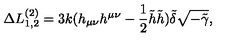
\Delta L _ { 1 , 2 } ^ { ( 2 ) } = 3 k ( h _ { \mu \nu } h ^ { \mu \nu } - \frac { 1 } { 2 } \tilde { h } \tilde { h } ) \tilde { \delta } \sqrt { - \tilde { \gamma } } ,